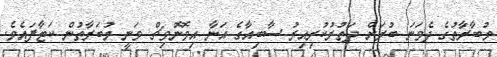
މުބާރާތުގެ ދެވަނަ ބުރަށް ދަތުރުކުރިއިރު ސާބިއާގެ އަނާ އިވޮނޮވިޗް ވަނީ މުބަރާތުން ކަޓާފައެވެ.